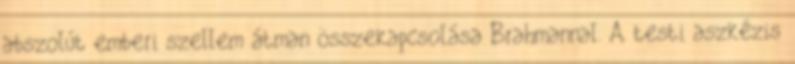
abszolút emberi szellem átman összekapcsolása Brahmannal. A testi aszkézis